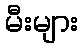
မီးများ